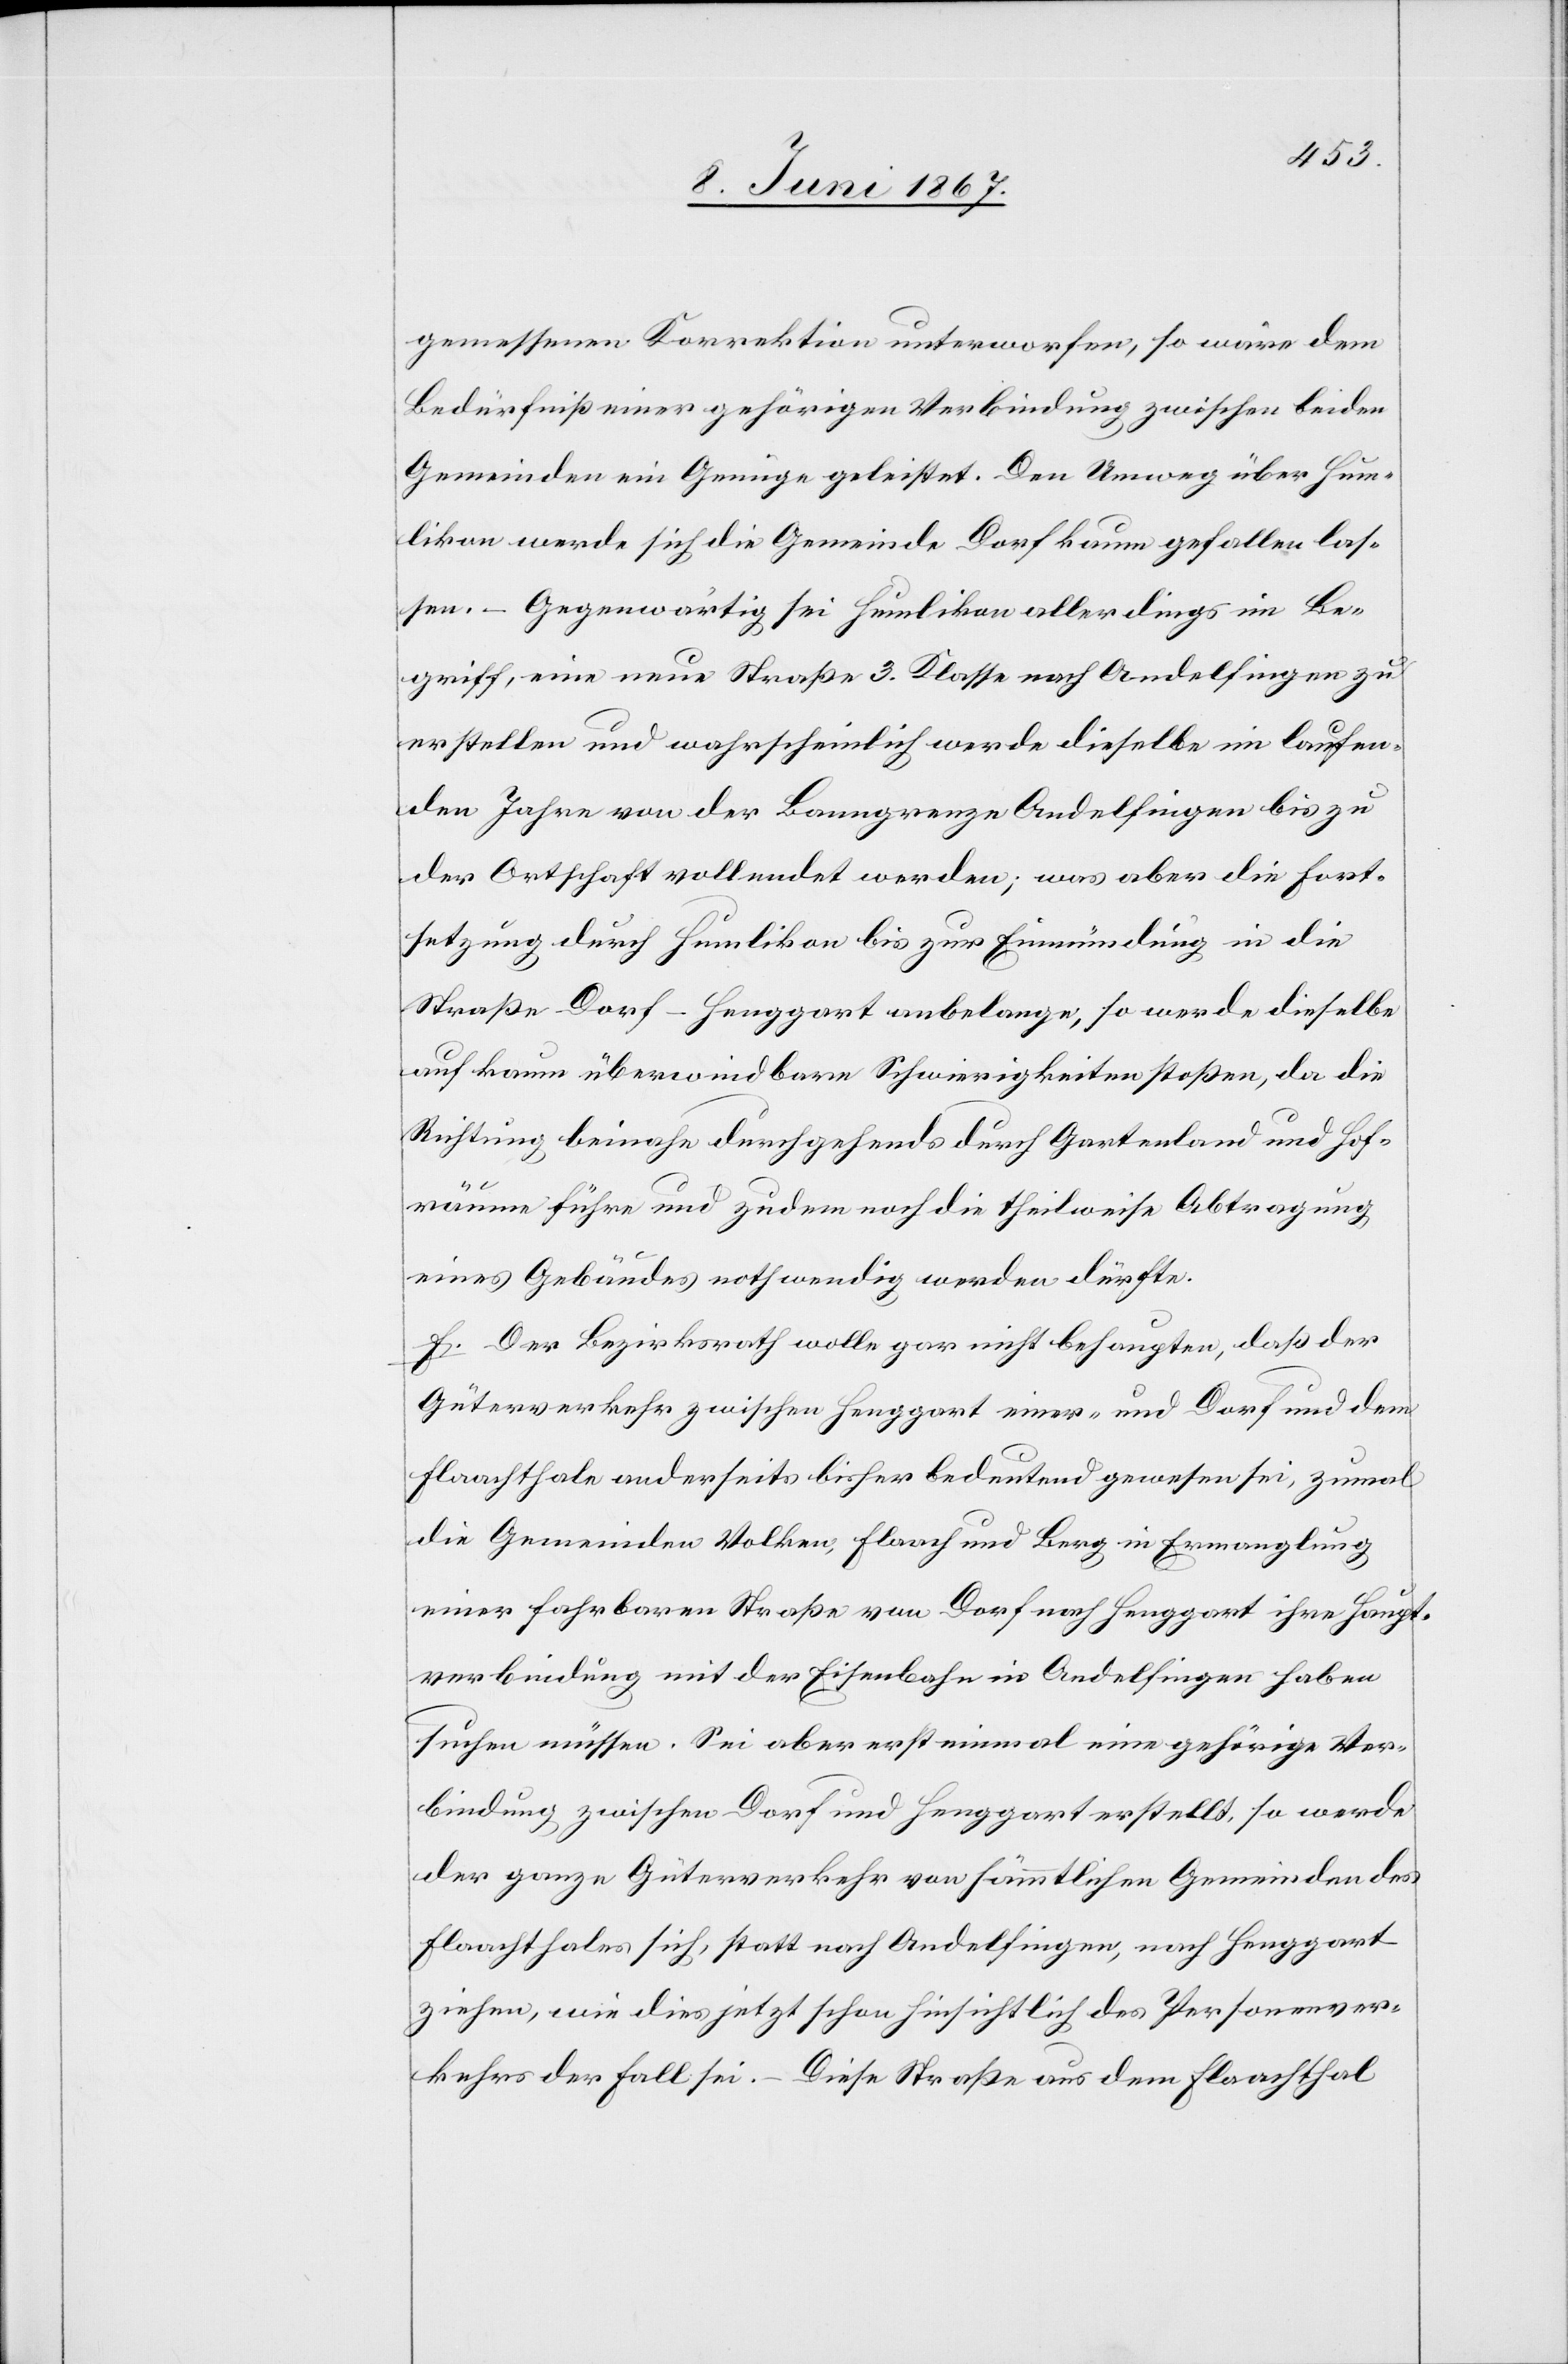
gemessenen Korrektion unterworfen, so wäre dem
Bedürfniß einer gehörigen Verbindung zwischen beiden
Gemeinden ein Genüge geleistet. Den Umweg über Hum¬
likon werde sich die Gemeinde Dorf kaum gefallen las¬
sen. – Gegenwärtig sei Humlikon allerdings im Be¬
griff, eine neue Straße 3. Klasse nach Andelfingen zu
erstellen und wahrscheinlich werde dieselbe im laufen¬
den Jahre von der Banngrenze Andelfingen bis zu
der Ortschaft vollendet werden; was aber die Fest¬
setzung durch Humlikon bis zur Einmündung in die
Straße Dorf–Henggart anbelange, so werde dieselbe
auf kaum überwindbare Schwierigkeiten stoßen, da die
Richtung beinahe durchgehends durch Gartenland und Hof¬
räume führe und zudem noch die theilweise Abtragung
eines Gebäudes nothwendig werden dürfte.
f. Der Bezirksrath wolle gar nicht behaupten, daß der
Güterverkehr zwischen Henggart einer- und Dorf und dem
Flaachthale anderseits bisher bedeutend gewesen sei, zumal
die Gemeinden Volken, Flaach und Berg in Ermanglung
einer fahrbaren Straße von Dorf nach Henggart ihre Haupt¬
verbindung mit der Eisenbahn in Andelfingen haben
suchen müssen. Sei aber erst einmal eine gehörige Ver¬
bindung zwischen Dorf und Henggart erstellt, so werde
der ganze Güterverkehr von sämmtlichen Gemeinden des
Flaachthales sich, statt nach Andelfingen, nach Henggart
ziehen, wie dies jetzt schon hinsichtlich des Personenver¬
kehrs der Fall sei. – Diese Straße aus dem Flaachthal